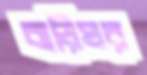
বাড়িঘর